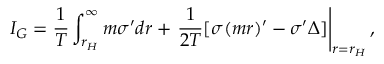
I _ { G } = \frac { 1 } { T } \int _ { r _ { H } } ^ { \infty } m \sigma ^ { \prime } d r + \left. \frac { 1 } { 2 T } [ \sigma ( m r ) ^ { \prime } - \sigma ^ { \prime } \Delta ] \right| _ { r = r _ { H } } ,